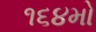
૧૬૪મો